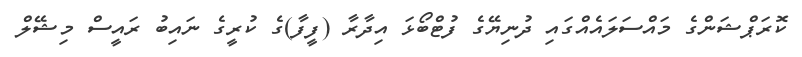
ކޮރަޕްޝަންގެ މައްސަލައެއްގައި ދުނިޔޭގެ ފުޓްބޯޅަ އިދާރާ (ފީފާ)ގެ ކުރީގެ ނައިބު ރައީސް މިޝޭލް